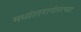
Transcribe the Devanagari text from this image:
मध्यांतरानंतरच्या